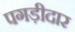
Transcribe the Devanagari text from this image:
पगड़ीदार